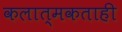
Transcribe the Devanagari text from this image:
कलात्मकताही